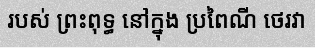
របស់ ព្រះពុទ្ធ នៅក្នុង ប្រពៃណី ថេរវា